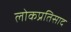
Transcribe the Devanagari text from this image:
लोकप्रतिसाद